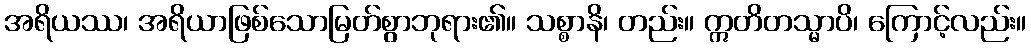
အရိယဿ၊ အရိယာဖြစ်သောမြတ်စွာဘုရား၏။ သစ္စာနိ၊ တည်း။ ဣတိတသ္မာပိ၊ ကြောင့်လည်း။